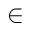
\in